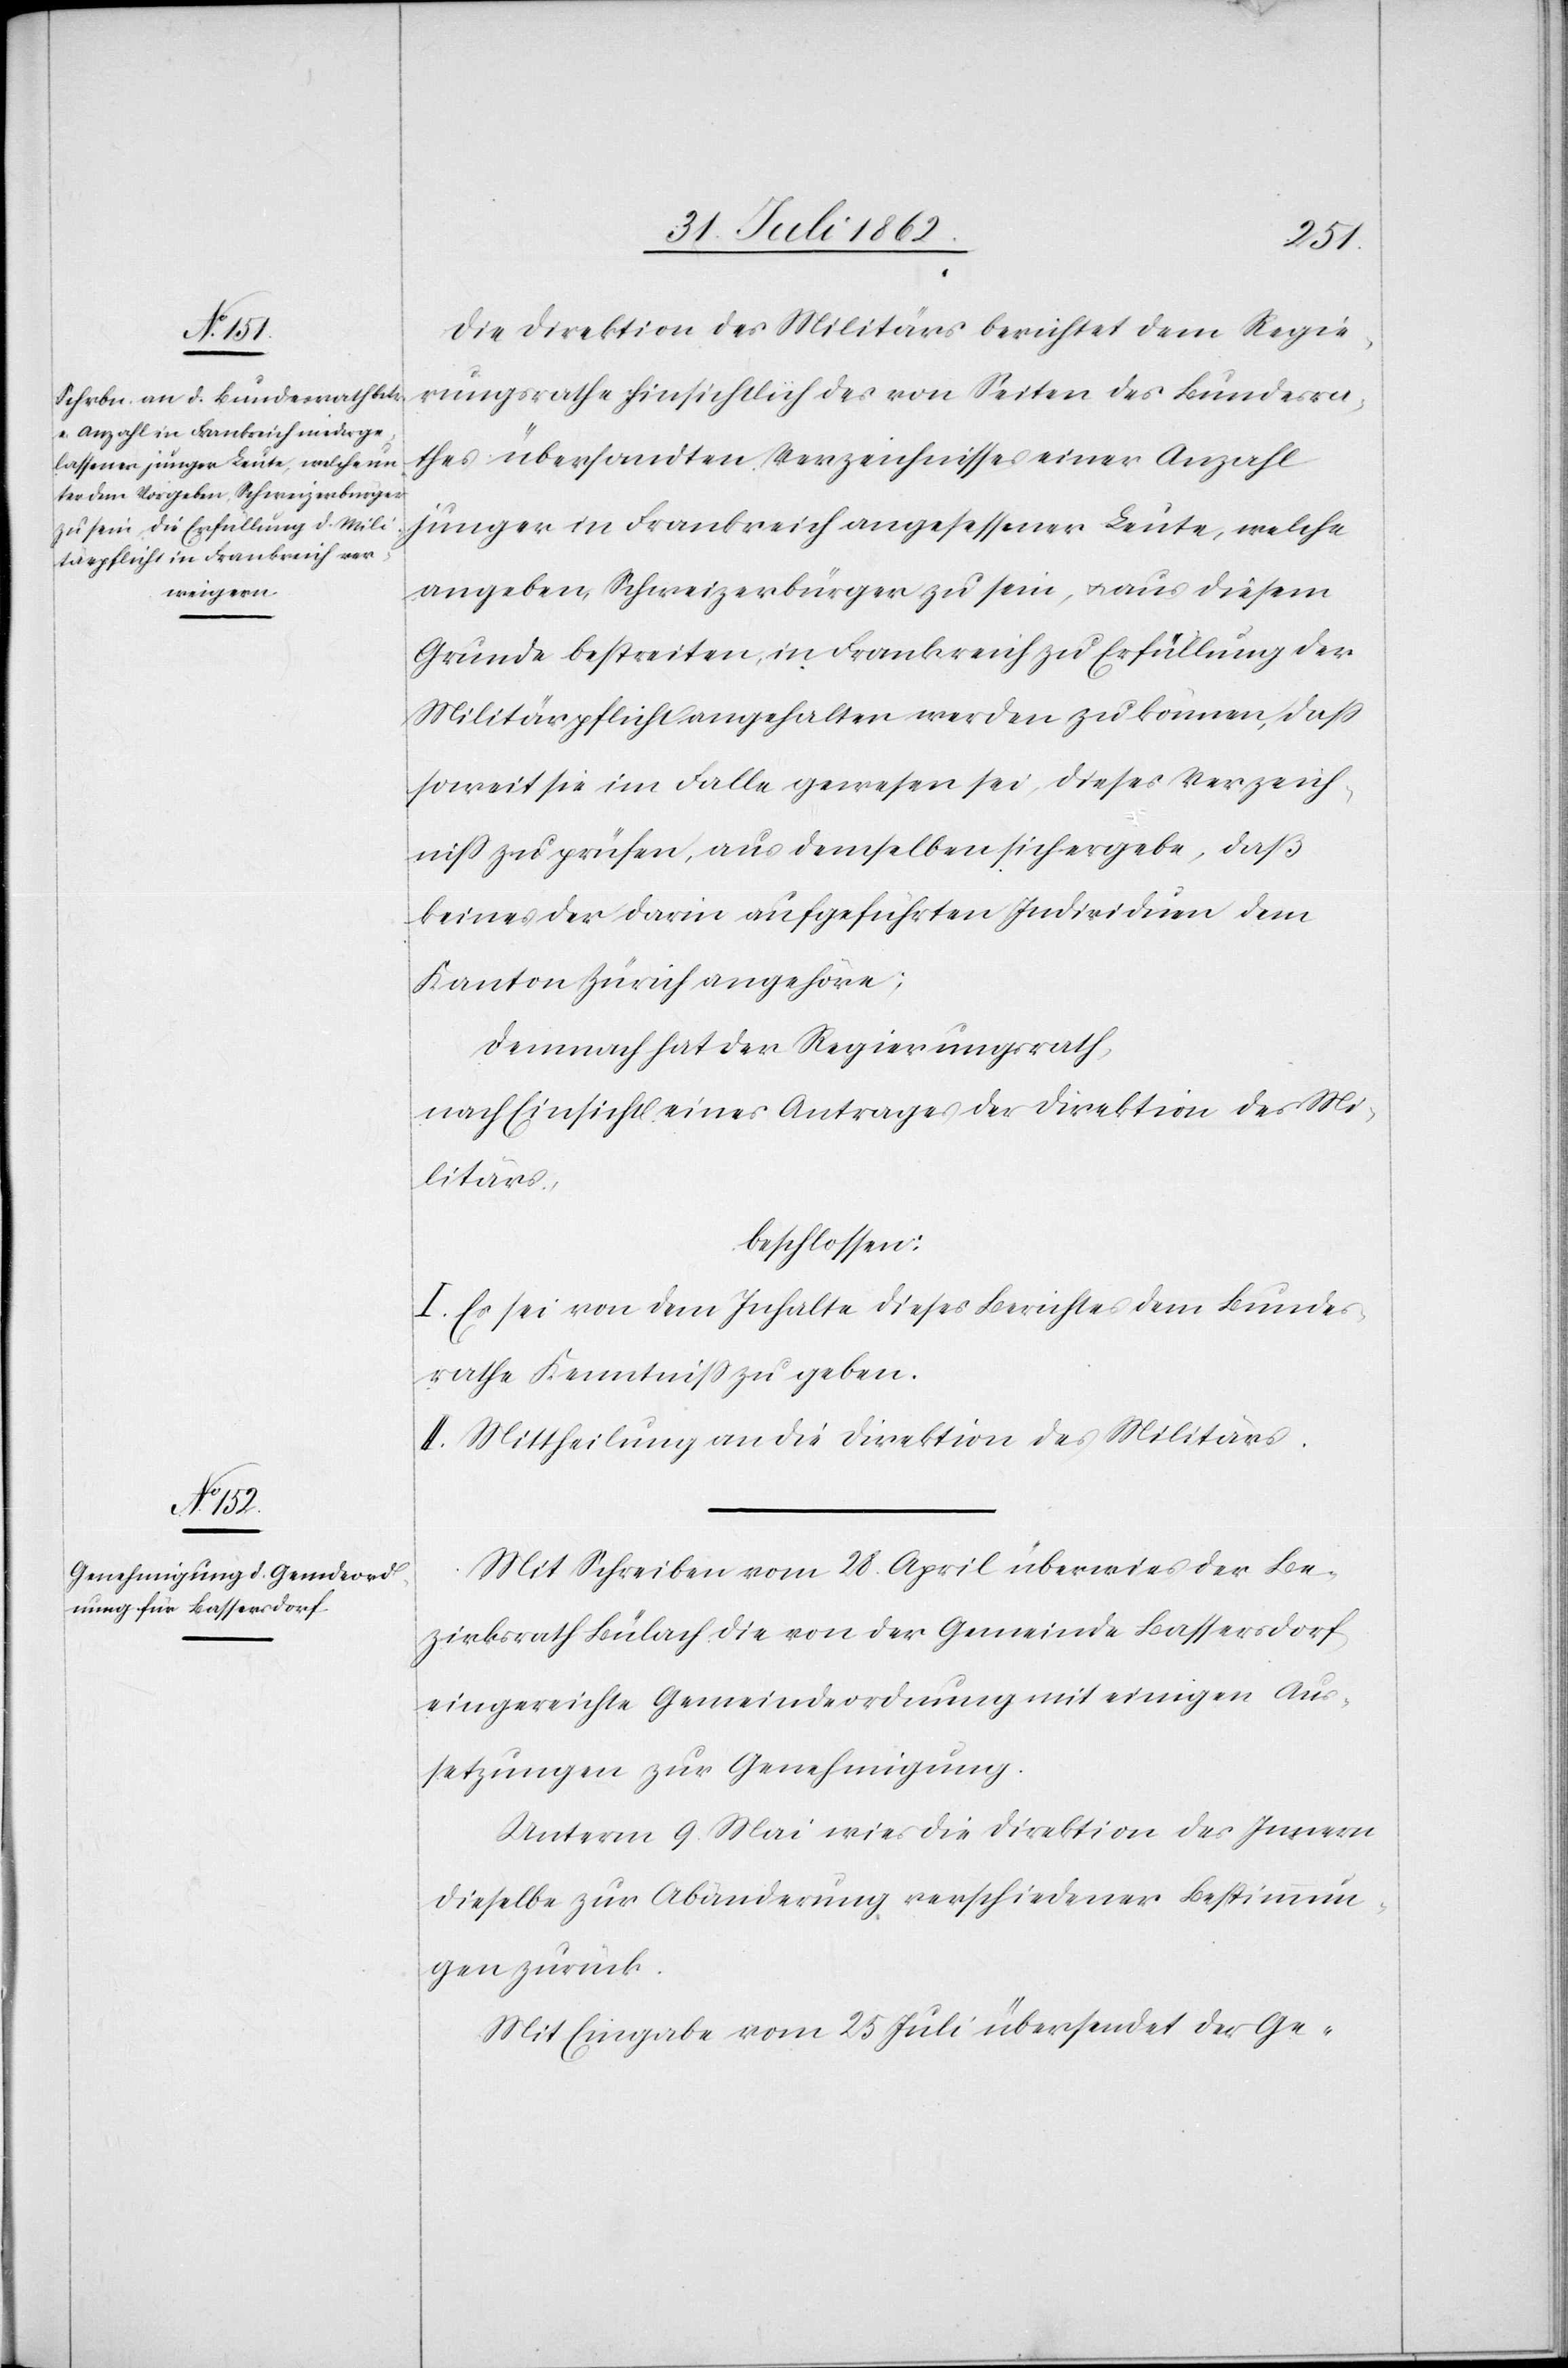
Die Direktion des Militärs berichtet dem Regie¬
rungsrathe hinsichtlich des von Seiten des Bundesra¬
thes übersandten Verzeichnisses einer Anzahl
junger in Frankreich angesessener Leute, welche
angeben, Schweizerbürger zu sein, u. aus diesem
Grunde bestreiten in Frankreich zu Erfüllung der
Militärpflicht angehalten werden zu können, daß
soweit sie im Falle gewesen sei, dieses Verzeich¬
niß zu prüfen, aus demselben sich ergebe, daß
keines der darin aufgeführten Individuen dem
Kanton Zürich angehöre;
Demnach hat der Regierungsrath,
nach Einsicht eines Antrages der Direktion des Mi¬
litärs,
beschlossen:
I. Es sei von dem Inhalte dieses Berichtes dem Bundes¬
rathe Kenntniß zu geben.
II. Mittheilung an die Direktion des Militärs.
Mit Schreiben vom 28. April überwies der Be¬
zirksrath Bülach die von der Gemeinde Bassersdorf
eingereichte Gemeindeordnung mit einigen Aus¬
setzungen zur Genehmigung.
Unterm 9. Mai wies die Direktion des Innern
dieselbe zur Abänderung verschiedener Bestimmun¬
gen zurück.
Mit Eingabe vom 25. Juli übersendet der Ge-